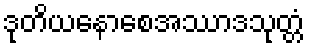
ဒုတိယနောစေအဿာဒသုတ္တံ